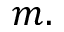
m .